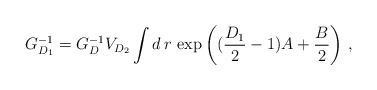
LaTeX: \begin{align*}G_{D_1}^{-1} = G_{D}^{-1} V_{D_2} \int d\,r\,\exp{\left((\frac{D_1}{2}-1)A +\frac{B}{2}\right)}~,\end{align*}